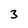
Character: 3